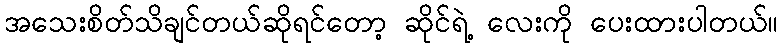
အသေးစိတ်သိချင်တယ်ဆိုရင်တော့ ဆိုင်ရဲ့ လေးကို ပေးထားပါတယ်။